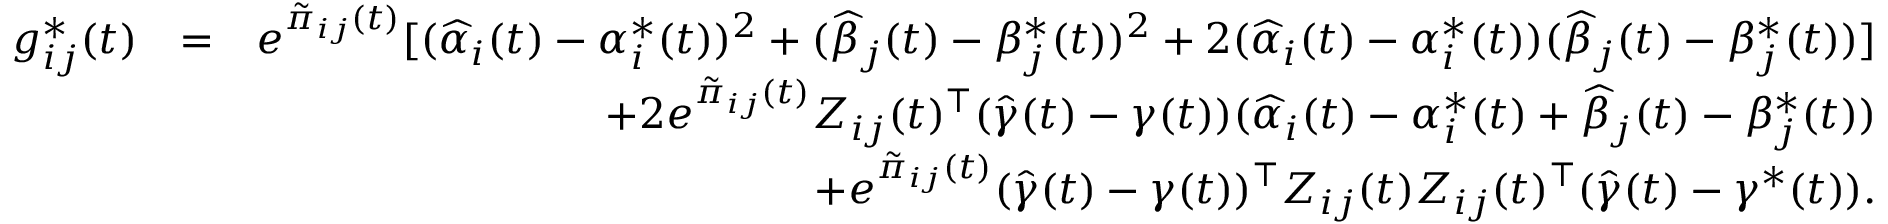
\begin{array} { r l r } { g _ { i j } ^ { * } ( t ) } & { = } & { e ^ { \tilde { \pi } _ { i j } ( t ) } [ ( \widehat { \alpha } _ { i } ( t ) - \alpha _ { i } ^ { * } ( t ) ) ^ { 2 } + ( \widehat { \beta } _ { j } ( t ) - \beta _ { j } ^ { * } ( t ) ) ^ { 2 } + 2 ( \widehat { \alpha } _ { i } ( t ) - \alpha _ { i } ^ { * } ( t ) ) ( \widehat { \beta } _ { j } ( t ) - \beta _ { j } ^ { * } ( t ) ) ] } \\ & { } & { + 2 e ^ { \tilde { \pi } _ { i j } ( t ) } Z _ { i j } ( t ) ^ { \top } ( \widehat { \gamma } ( t ) - \gamma ( t ) ) ( \widehat { \alpha } _ { i } ( t ) - \alpha _ { i } ^ { * } ( t ) + \widehat { \beta } _ { j } ( t ) - \beta _ { j } ^ { * } ( t ) ) } \\ & { } & { + e ^ { \tilde { \pi } _ { i j } ( t ) } ( \widehat { \gamma } ( t ) - \gamma ( t ) ) ^ { \top } Z _ { i j } ( t ) Z _ { i j } ( t ) ^ { \top } ( \widehat { \gamma } ( t ) - \gamma ^ { * } ( t ) ) . } \end{array}